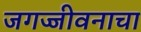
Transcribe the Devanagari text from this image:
जगज्जीवनाचा